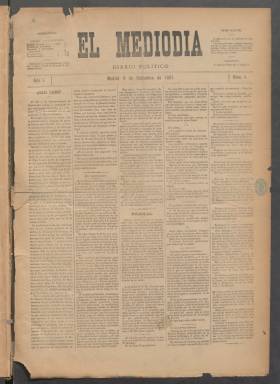
Título: El Mediodía (Madrid)
Colección: Periódicos
Ámbito geográfico: Madrid
Lugar de publicación: Madrid
Fechas: 09/09/1887-16/03/1889